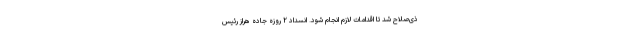
ذی‌صلاح شد تا اقدامات لازم انجام شود. انسداد ۲ روزه جاده هراز رئیس